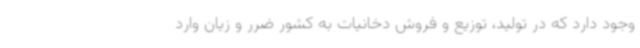
وجود دارد که در تولید، توزیع و فروش دخانیات به کشور ضرر و زیان وارد